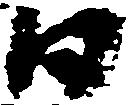
日